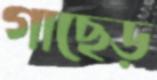
গাছেড়